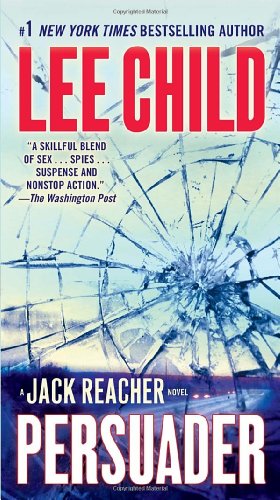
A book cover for Persuader (Jack Reacher); Lee Child; Mystery, Thriller & Suspense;